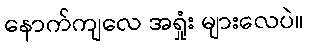
နောက်ကျလေ အရှုံး များလေပဲ။